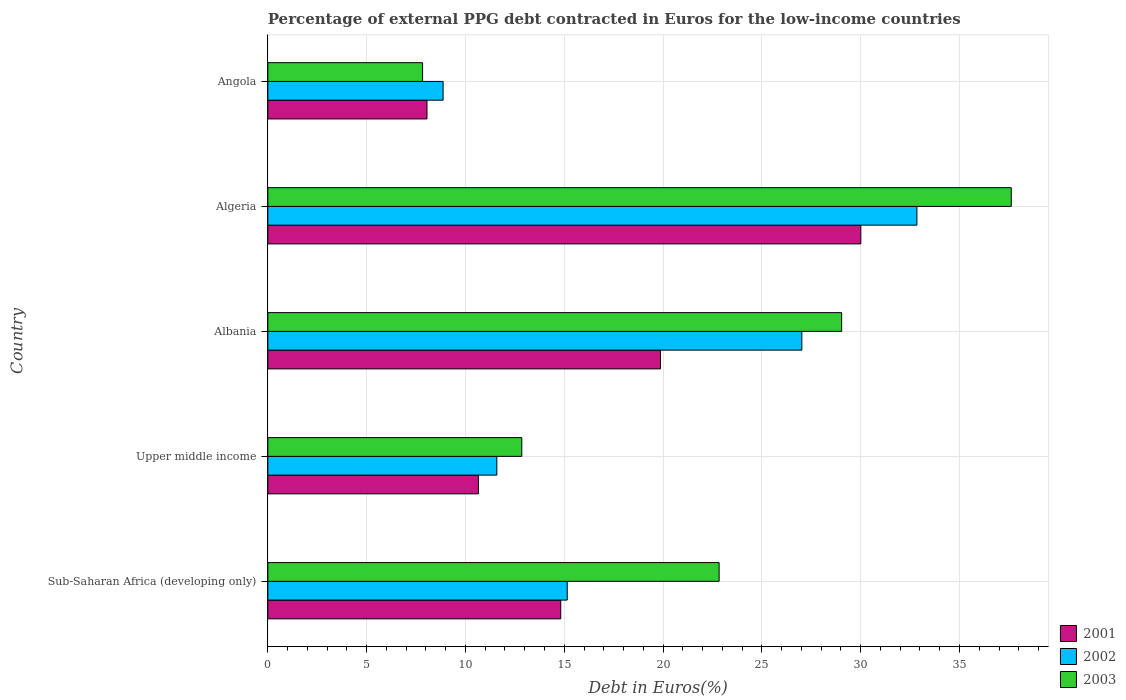
| Country | 2001 | 2002 | 2003 |
 | --- | --- | --- | --- |
 | Sub-Saharan Africa (developing only) | 14.8 | 15.2 | 22.8 |
 | Upper middle income | 10.7 | 11.6 | 12.8 |
 | Albania | 19.9 | 27 | 29 |
 | Algeria | 30 | 32.8 | 37.6 |
 | Angola | 8.05 | 8.87 | 7.83 |